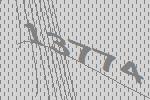
13774